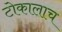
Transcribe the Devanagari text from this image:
टोकालाच